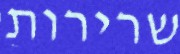
שרירות